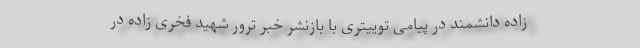
زاده دانشمند در پیامی توییتری با بازنشر خبر ترور شهید فخری زاده در